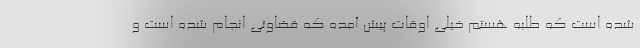
شده است که طلبه هستم خیلی اوقات پیش آمده که قضاوتی انجام شده است و